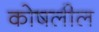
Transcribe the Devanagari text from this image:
कोषलील